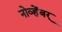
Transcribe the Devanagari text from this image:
नोव्हेंबर्